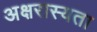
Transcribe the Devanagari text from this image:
अक्षरास्यता